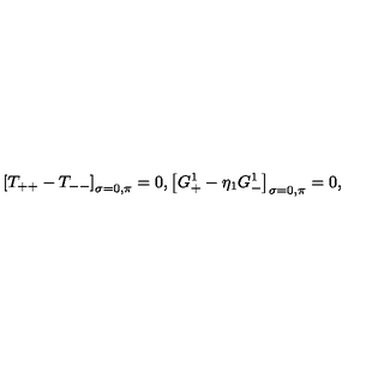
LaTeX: \left[ T _ { + + } - T _ { -- } \right] _ { \sigma = 0 , \pi } = 0 , \left[ G _ { + } ^ { 1 } - \eta _ { 1 } G _ { - } ^ { 1 } \right] _ { \sigma = 0 , \pi } = 0 ,